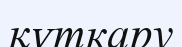
құткару